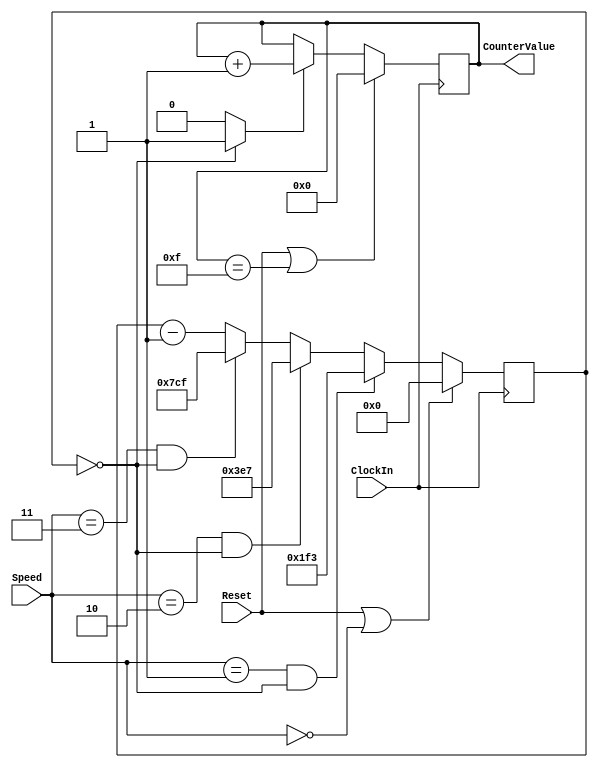
`timescale 1ns / 1ns // `timescale time_unit/time_precision

module part2 (ClockIn, Reset, Speed, CounterValue);
	input ClockIn, Reset;	
	input [1:0] Speed;
	output reg [3:0] CounterValue; 
	reg [11:0] RateDivider;
	wire Enable;
	
	
		
	assign Enable = (RateDivider == 11'b00000000000) ? 1:0;
	
	always @(posedge ClockIn)
	begin		
		RateDivider <= RateDivider - 1;
				
		
		if (Reset == 1'b1 | Speed == 2'b00)
			RateDivider <= 11'b00000000000;
		else if (Speed == 2'b01 & RateDivider == 11'b00000000000)
			RateDivider <= 11'b00111110011; //499
		else if (Speed == 2'b10 & RateDivider == 11'b00000000000)
			RateDivider <= 11'b01111100111; //999
		else if (Speed == 2'b11 & RateDivider == 11'b00000000000)
			RateDivider <= 11'b11111001111; //1999
			
			
		if (Reset == 1'b1 | CounterValue == 4'b1111)
			CounterValue <= 4'b0000;
		else if (Enable == 1'b1)
			CounterValue <= CounterValue + 1;
	end

endmodule